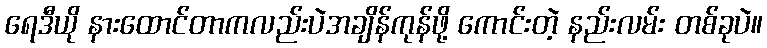
ရေဒီယို နားထောင်တာကလည်းပဲအချိန်ကုန်ဖို့ ကောင်းတဲ့ နည်းလမ်း တစ်ခုပဲ။